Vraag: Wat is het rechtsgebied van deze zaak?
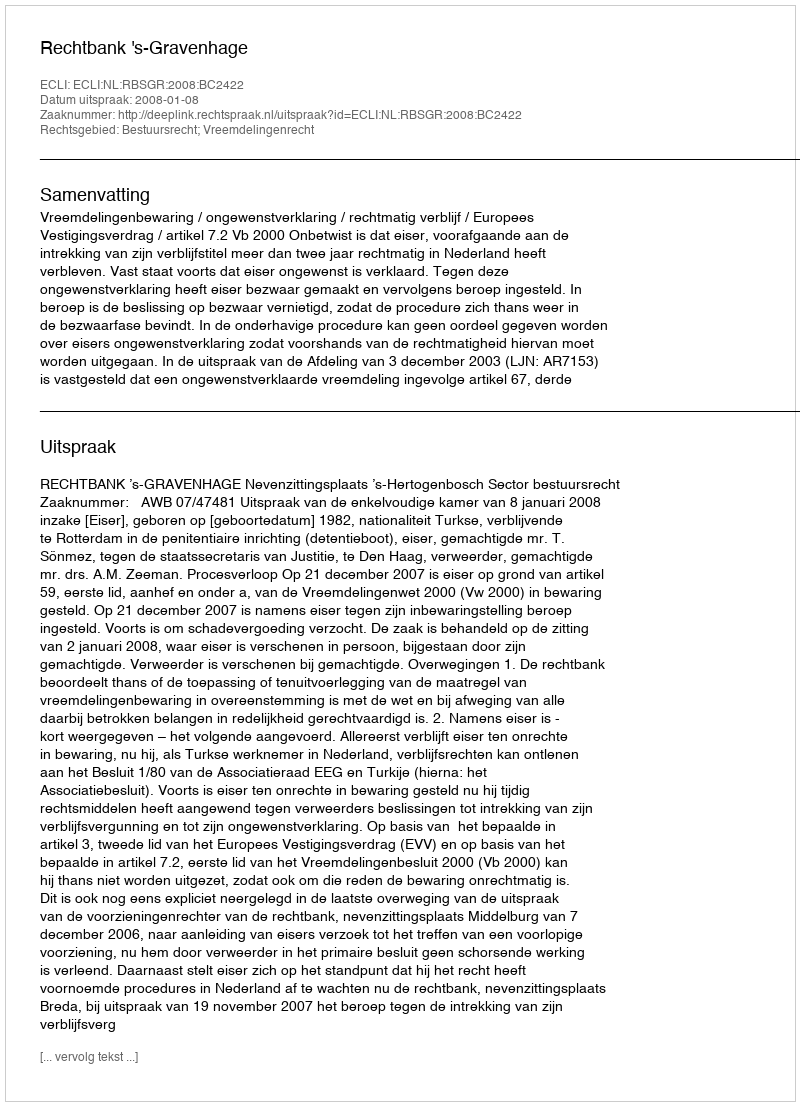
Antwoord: Bestuursrecht; Vreemdelingenrecht